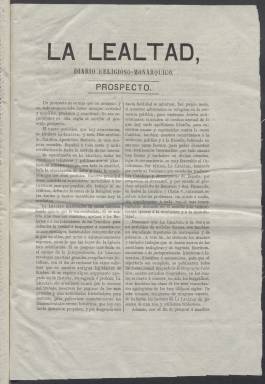
Título: La Lealtad (Madrid. 1866)
Colección: Periódicos
Ámbito geográfico: Madrid
Lugar de publicación: Madrid
Fechas: 01/01/1866-29/02/1868